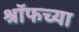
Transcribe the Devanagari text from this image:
श्रॉफच्या